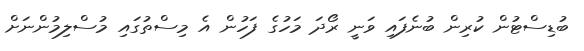
ބުޑިސްޓުން ކުރިން ބުނެފައި ވަނީ ރޯދަ މަހުގެ ފަހުން އެ މިސްތުގައި މުސްލިމުންނަށް